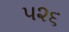
૫૨૬